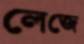
লেজে